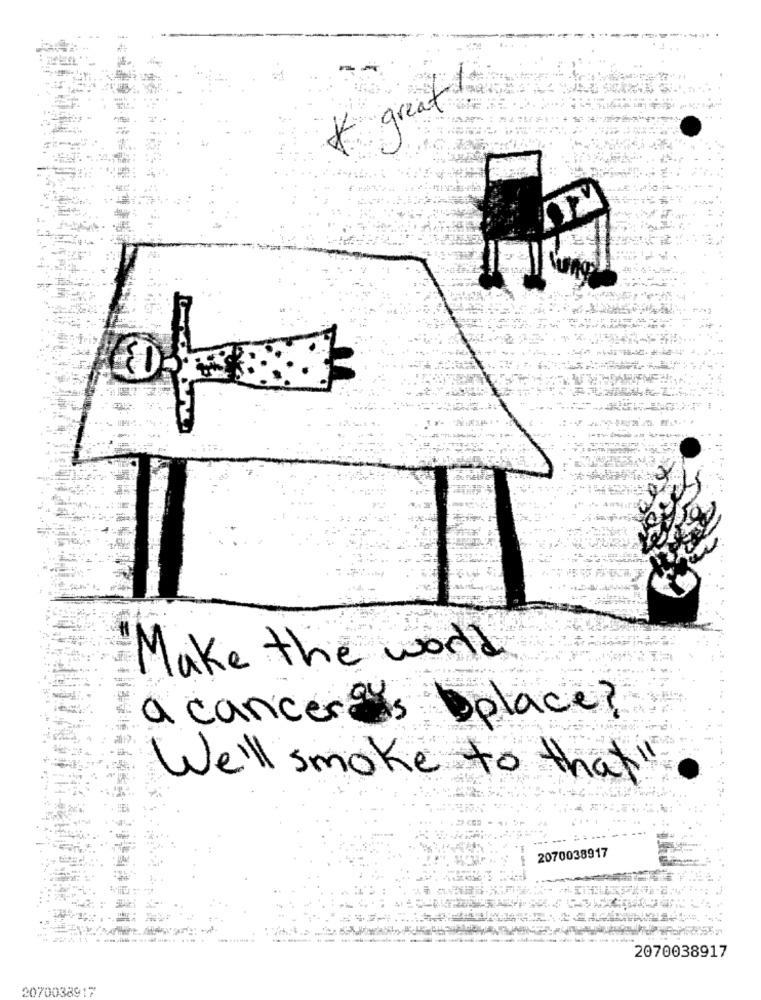
* great
Make the world
a canceres bplace?
We'll smoke to that "
2070038917
2070038917
2070038917